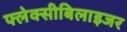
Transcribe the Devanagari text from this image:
फ्लेक्सीबिलाइजर